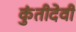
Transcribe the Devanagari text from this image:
कुंतीदेवी